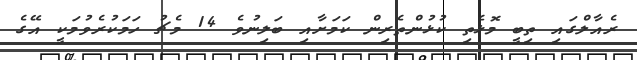
ރެއާލްގައި ތިބީ މޮޅެތި ކުޅުންތެރިން ކަމަށާއި ބަލިނުވެ 14 މެޗު ހަމަކުރެވުމަކީ އޭގެ